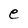
Character: e